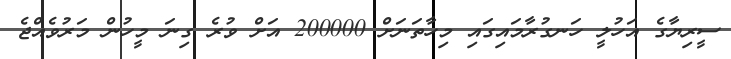
ސީރިޔާގެ އަހުލީ ހަނގުރާމައިގައި މިހާތަނަށް 200000 އަށް ވުރެ ގިނަ މީހުން މަރުވެއްޖެ